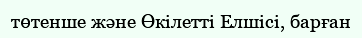
төтенше және Өкілетті Елшісі, барған